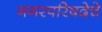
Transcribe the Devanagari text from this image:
नगरपरिषदेचे